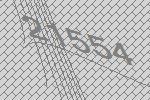
21554